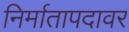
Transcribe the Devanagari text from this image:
निर्मातापदावर